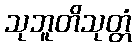
သုဘူတိသုတ္တံ